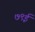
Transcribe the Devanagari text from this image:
७९ई